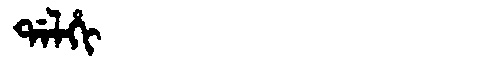
Manchu: ᡩᠠᠯᡥᡳ
Romanization: DALHI